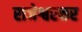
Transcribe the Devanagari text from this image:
राजेश्वरकर